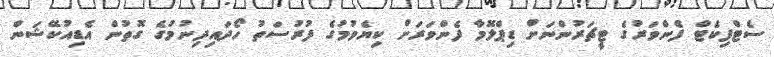
ސެޓްފިކެޓް ފެންވަރުގެ ޓީޗަރުންނަށް ޑިޕްލޮމާ ފެންވަރަށް ކިޔެވުމުގެ ފުރުސަތު ހޯދައިދިނުމުގެ ގޮތުން އެޑިއުކޭޝަން